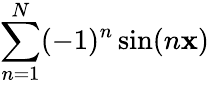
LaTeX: \sum\limits_{n=1}^{N}(-1)^{n}\sin(n\mathbf{x})